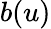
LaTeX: b(u)